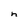
Character: h